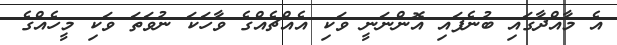
އެ މާއްދާގައި ބުނެފައި އޮންނަނީ ވަކި އެއްޗެއްގެ ވާހަކަ ނުވަތަ ވަކި މީހެއްގެ